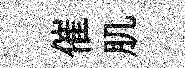
催肌